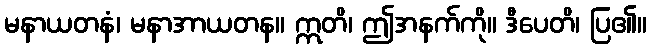
မနာယတနံ၊ မနာအာယတန။ ဣတိ၊ ဤအနက်ကို။ ဒီပေတိ၊ ပြ၏။